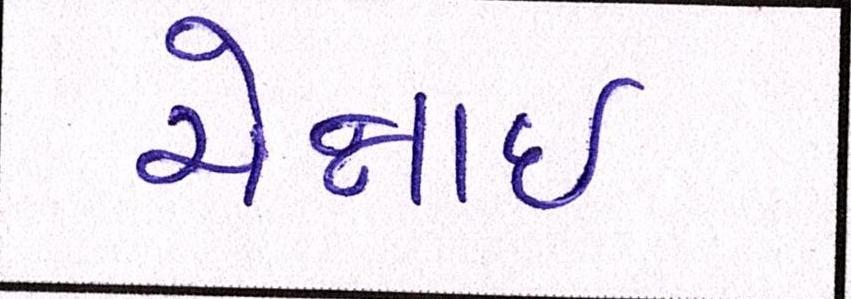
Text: ચેન્નાઇ